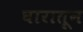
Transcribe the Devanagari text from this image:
घारातून